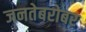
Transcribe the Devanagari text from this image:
जनतेबरोबर